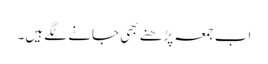
اب جمعہ پڑھنے بھی جانے لگے ہیں۔